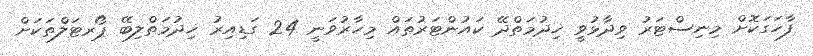
ފާހަގަކޮށް މިނިސްޓަރު ވިދާޅުވީ ޚިދުމަތްދޭ ކައުންޓަރުތައް މިހާރުވަނީ 24 ގަޑިއިރު ޚިދުމަތްލިބޭ ޕޯރޓަލްތަކަށް